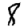
Digit: 8